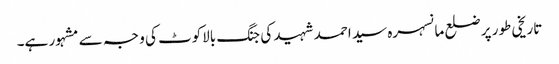
تاریخی طور پر ضلع مانسہرہ سید احمد شہید کی جنگ بالاکوٹ کی و جہ سے مشہور ہے۔